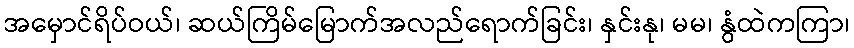
အမှောင်ရိပ်ဝယ်၊ ဆယ်ကြိမ်မြောက်အလည်ရောက်ခြင်း၊ နှင်းနု၊ မမ၊ နွံထဲကကြာ၊